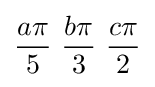
{a\pi  \over 5}\ {b\pi  \over 3}\ {c\pi  \over 2}